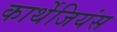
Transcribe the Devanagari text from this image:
कार्थेजियंस